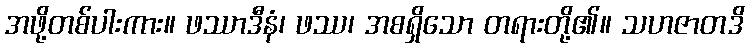
အဖို့တစ်ပါးကား။ ဖဿာဒီနံ၊ ဖဿ၊ အစရှိသော တရားတို့၏။ သဟဇာတဒိ